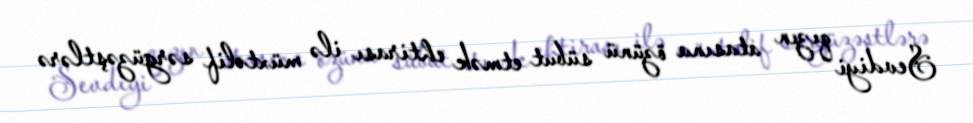
Sevdiyi qızın atasına özünü sübut etmək ehtirası ilə müxtəlif sərgüzəştlərə